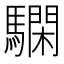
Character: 𩦃